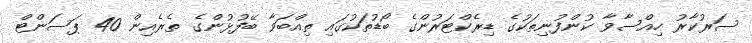
ސަރުކާރު ހިއްސާވާ ކުންފުނިތަކުގެ ޑިރެކްޓަރުންގެ ބޯޑުތަކުގައި ތިއްބަވާ ބޭފުޅުންގެ ތެރެއިން 40 ޕަސަންޓް